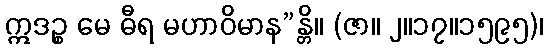
ဣဒဉ္စ မေ ဓီရ မဟာဝိမာန”န္တိ။ (ဇာ။ ၂။၁၇။၁၅၉၅)၊